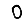
Digit: 0